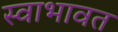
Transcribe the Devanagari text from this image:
स्वाभावत